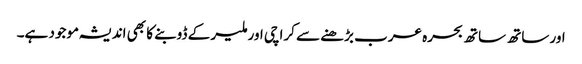
اور ساتھ ساتھ بحرہ عرب بڑھنے سے کراچی اور ملیر کے ڈوبنے کا بھی اندیشہ موجود ہے۔